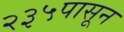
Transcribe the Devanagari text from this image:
२३५पासून